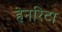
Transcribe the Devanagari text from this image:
हेनरिटा